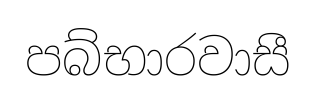
පබ්භාරවාසී